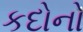
કદોનો